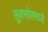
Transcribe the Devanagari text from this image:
लुक्सोरमध्ये